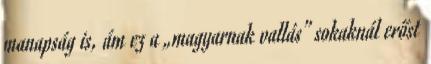
manapság is, ám ez a „magyarnak vallás” sokaknál erőst